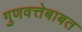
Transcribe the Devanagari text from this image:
गुणवत्तेबाबत